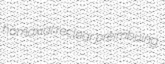
homaxial reclear preimbuing